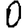
Digit: 0